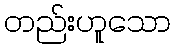
တည်းဟူသော